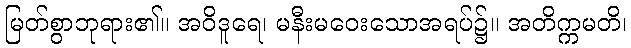
မြတ်စွာဘုရား၏။ အဝိဒူရေ၊ မနီးမဝေးသောအရပ်၌။ အတိက္ကမတိ၊